Vabadussoja_Ajaloo_Komitee, lk 84
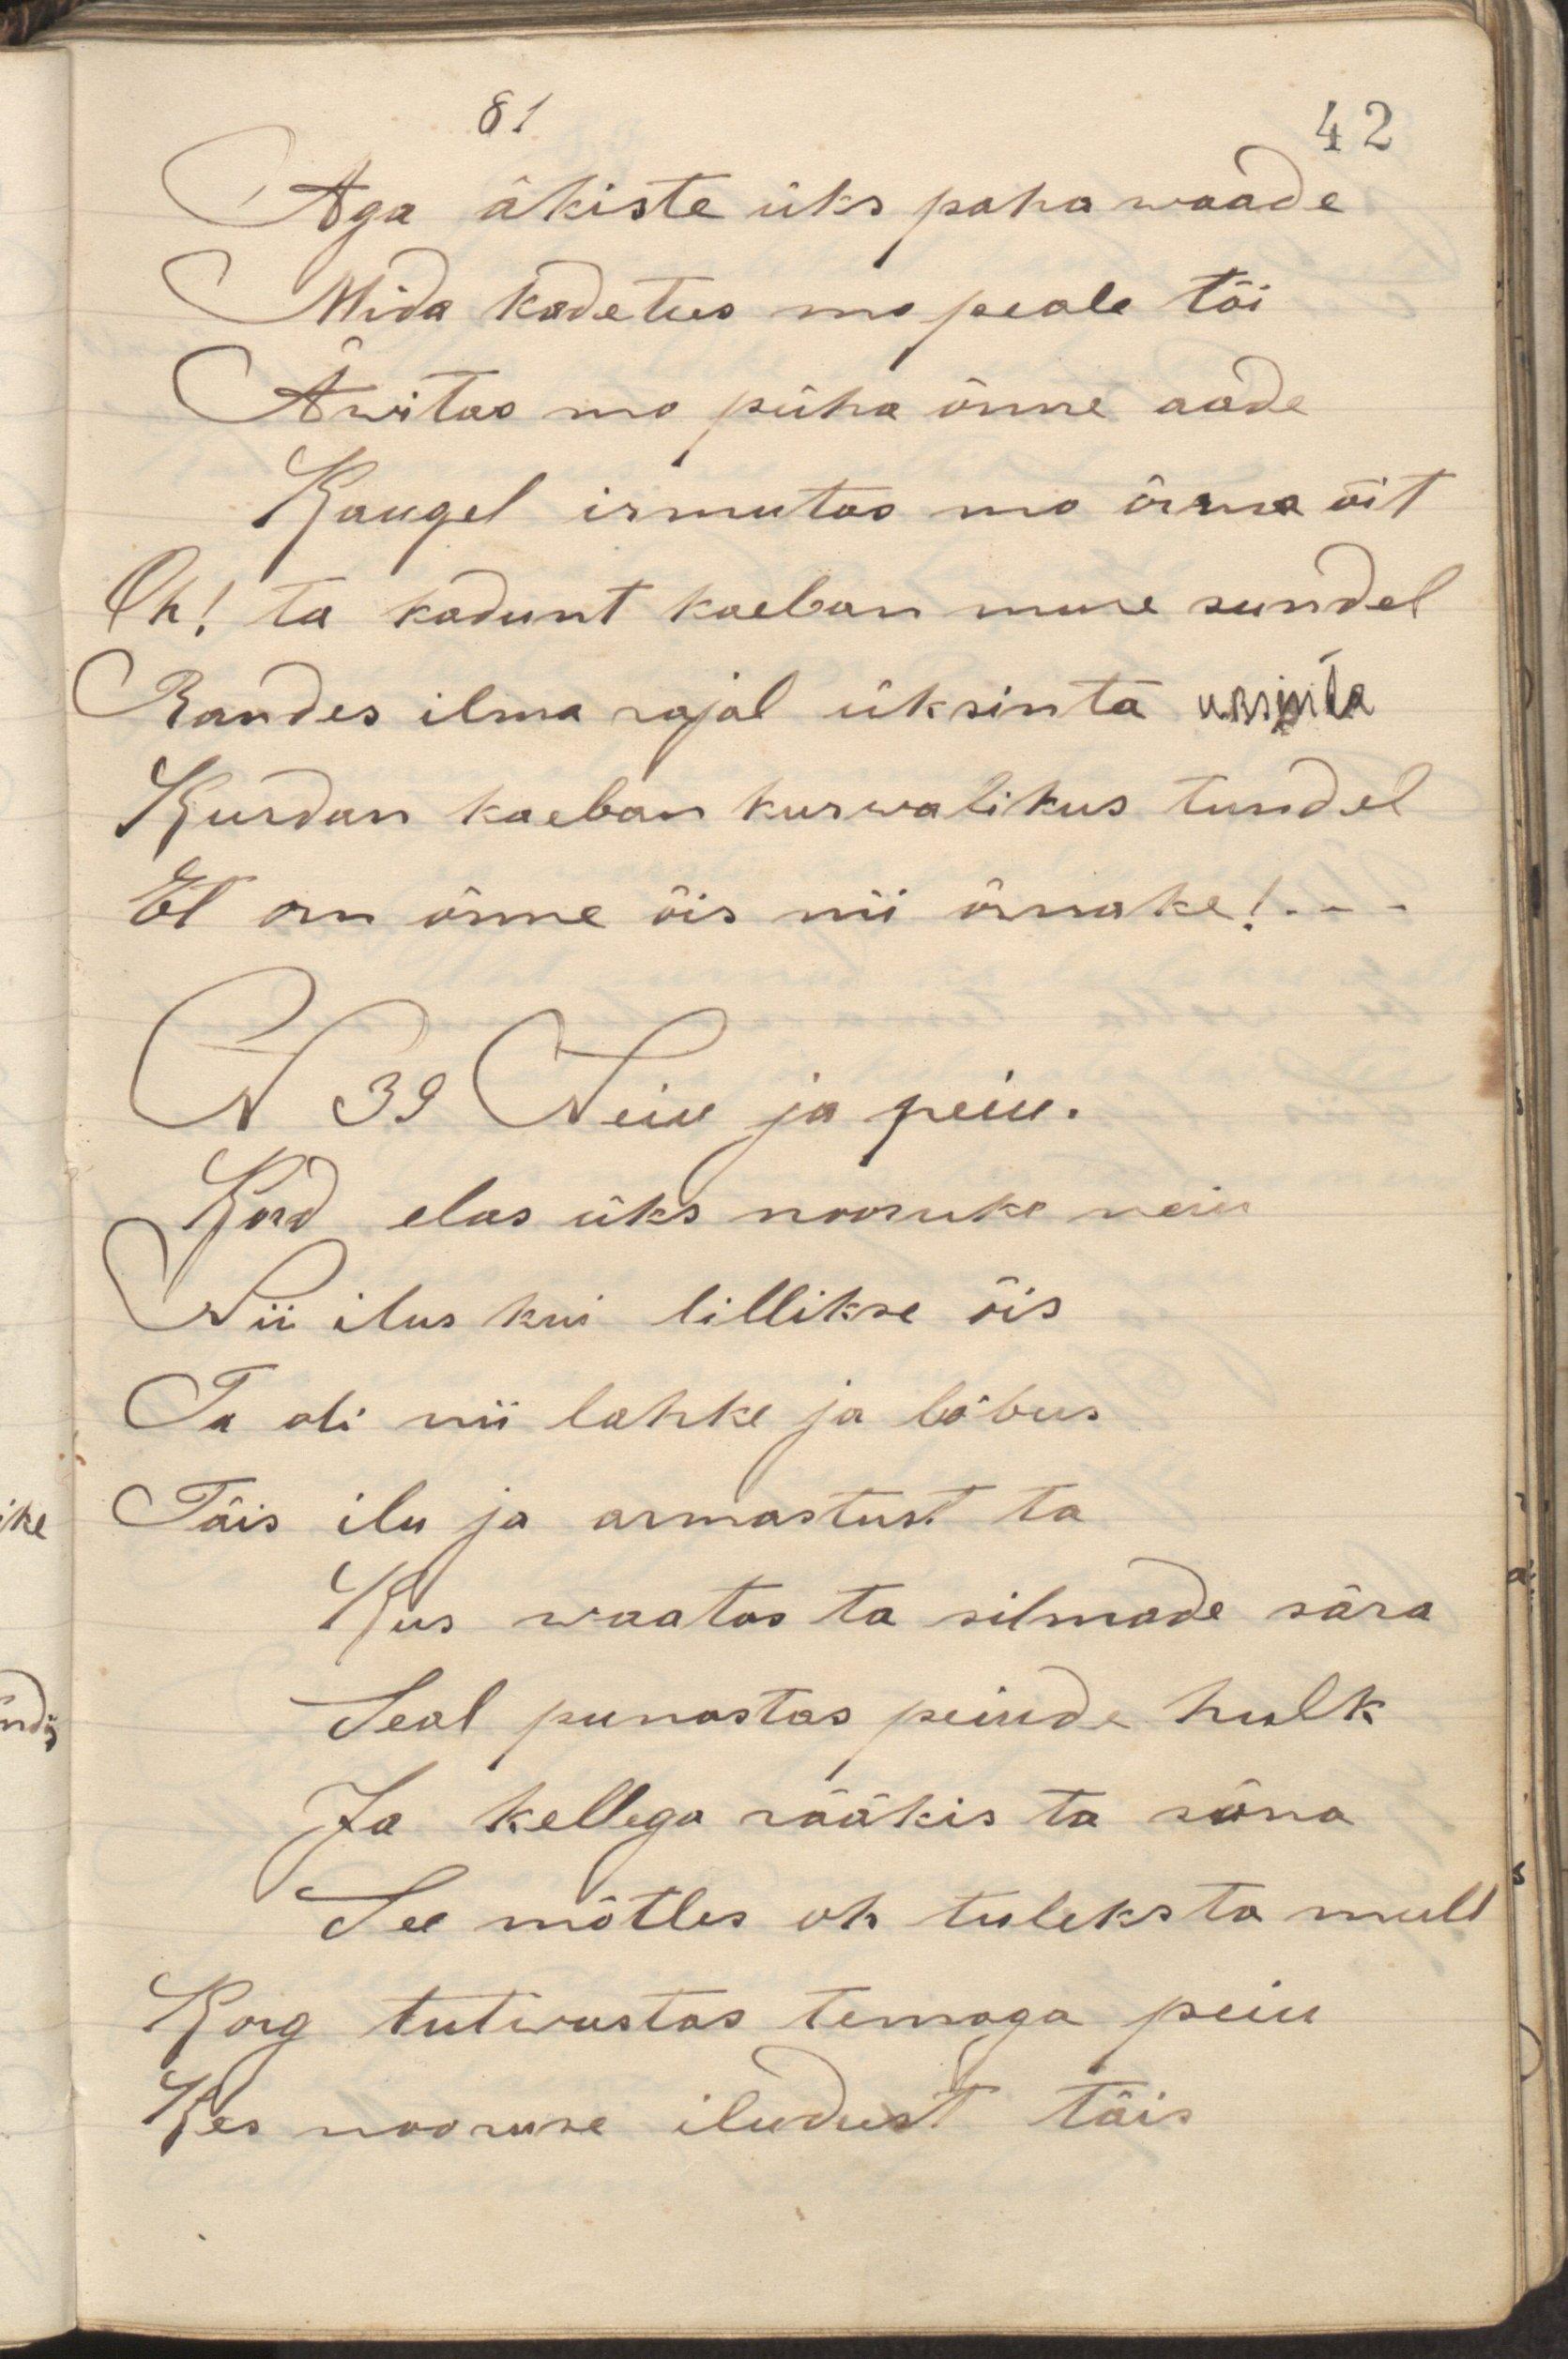
Aga äkiste üks paha waade
Mida kadetus mo peale tõi
Äwitas mo püha õnne aade
Kaugel irmutas mo õrna õit
Oh! ta kodunt kaeban mure sundel
Randes ilma rajal üksinta uksinta 
Kurdan kaeban kurwalikus tundel
Et on õnne õis nii õrnake! . . .
N 39 Neiu ja peiu.
Kord elas üks nooruke neiu
Nii ilus kui lillekse õis
Ta oli nii lahke ja lõbus
Täis ilu ja armastust ta
Kus waatas ta silmade sära
Seal punastas peiude hulk
Ja kellega rääkis ta sõna
See mõtles oh tuleks ta mull
Korg tutwustas temaga peiu
Kes nooruse iludust täis